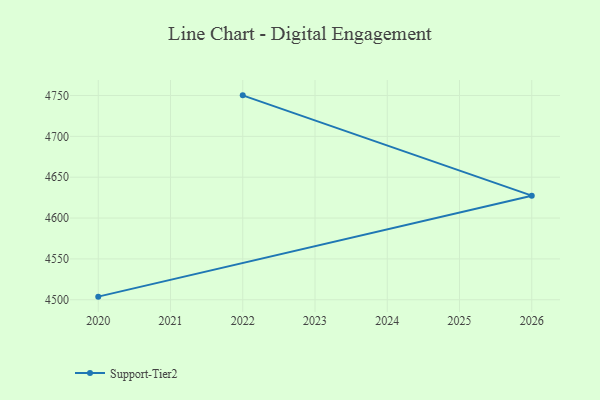
{"axis": {"x": "Year", "y": "Tickets Resolved"}, "legend": ["Support-Tier2"], "data": [{"x": "2020", "y": 4503.8, "type": "Support-Tier2"}, {"x": "2026", "y": 4627.4, "type": "Support-Tier2"}, {"x": "2022", "y": 4750.2, "type": "Support-Tier2"}]}